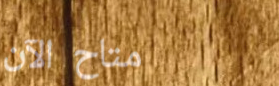
متاح الآن